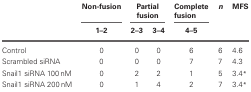
<table><thead><tr><td></td><td><b>Non-fusion</b></td><td colspan="2"><b>Partial fusion</b></td><td><b>Complete fusion</b></td><td><b><i>n</i></b></td><td><b>MFS</b></td></tr><tr><td></td><td><b>1–2</b></td><td><b>2–3</b></td><td><b>3–4</b></td><td><b>4–5</b></td><td></td><td></td></tr></thead><tbody><tr><td>Control</td><td>0</td><td>0</td><td>0</td><td>6</td><td>6</td><td>4.6</td></tr><tr><td>Scrambled siRNA</td><td>0</td><td>0</td><td>0</td><td>7</td><td>7</td><td>4.3</td></tr><tr><td>Snail1 siRNA 100 nM</td><td>0</td><td>2</td><td>2</td><td>1</td><td>5</td><td>3.4<sup>*</sup></td></tr><tr><td>Snail1 siRNA 200 nM</td><td>0</td><td>1</td><td>4</td><td>2</td><td>7</td><td>3.4<sup>*</sup></td></tr></tbody></table>